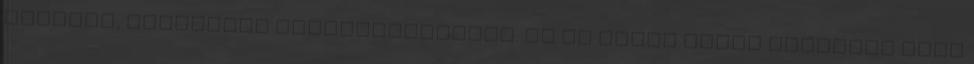
polgári, katolikus megnyilvánulása. De én tudok ennél csúnyább szót